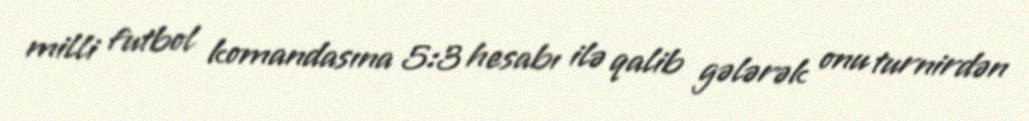
milli futbol komandasına 5:3 hesabı ilə qalib gələrək onu turnirdən